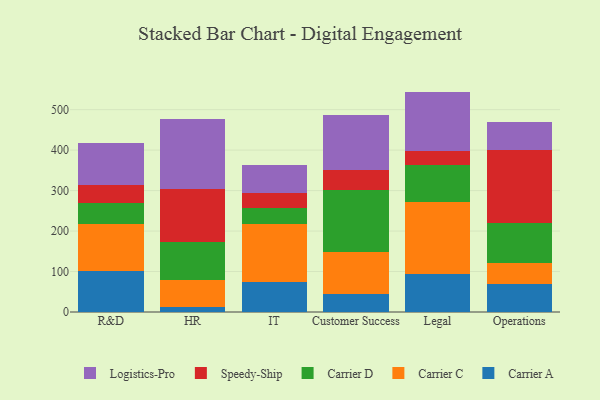
{"axis": {"x": "Department", "y": "Gross Profit (USD K)"}, "legend": ["Carrier A", "Carrier C", "Carrier D", "Logistics-Pro", "Speedy-Ship"], "data": [{"x": "R&D", "y": 102.1, "type": "Carrier A"}, {"x": "R&D", "y": 114.3, "type": "Carrier C"}, {"x": "R&D", "y": 52.7, "type": "Carrier D"}, {"x": "R&D", "y": 45.9, "type": "Speedy-Ship"}, {"x": "R&D", "y": 101.4, "type": "Logistics-Pro"}, {"x": "HR", "y": 13.1, "type": "Carrier A"}, {"x": "HR", "y": 65.3, "type": "Carrier C"}, {"x": "HR", "y": 94.5, "type": "Carrier D"}, {"x": "HR", "y": 131.0, "type": "Speedy-Ship"}, {"x": "HR", "y": 173.1, "type": "Logistics-Pro"}, {"x": "IT", "y": 74.3, "type": "Carrier A"}, {"x": "IT", "y": 142.8, "type": "Carrier C"}, {"x": "IT", "y": 40.8, "type": "Carrier D"}, {"x": "IT", "y": 35.8, "type": "Speedy-Ship"}, {"x": "IT", "y": 70.2, "type": "Logistics-Pro"}, {"x": "Customer Success", "y": 45.4, "type": "Carrier A"}, {"x": "Customer Success", "y": 102.7, "type": "Carrier C"}, {"x": "Customer Success", "y": 154.1, "type": "Carrier D"}, {"x": "Customer Success", "y": 49.4, "type": "Speedy-Ship"}, {"x": "Customer Success", "y": 134.2, "type": "Logistics-Pro"}, {"x": "Legal", "y": 93.2, "type": "Carrier A"}, {"x": "Legal", "y": 178.1, "type": "Carrier C"}, {"x": "Legal", "y": 90.9, "type": "Carrier D"}, {"x": "Legal", "y": 35.1, "type": "Speedy-Ship"}, {"x": "Legal", "y": 147.3, "type": "Logistics-Pro"}, {"x": "Operations", "y": 68.5, "type": "Carrier A"}, {"x": "Operations", "y": 51.6, "type": "Carrier C"}, {"x": "Operations", "y": 100.6, "type": "Carrier D"}, {"x": "Operations", "y": 178.8, "type": "Speedy-Ship"}, {"x": "Operations", "y": 69.1, "type": "Logistics-Pro"}]}